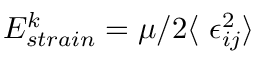
E _ { s t r a i n } ^ { k } = \mu / 2 \langle \ \epsilon _ { i j } ^ { 2 } \rangle